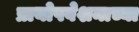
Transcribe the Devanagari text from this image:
प्रायोपवेशनाच्या